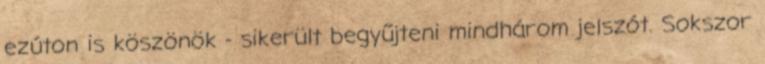
ezúton is köszönök - sikerült begyűjteni mindhárom jelszót. Sokszor